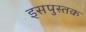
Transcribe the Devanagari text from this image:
इसपुस्तक